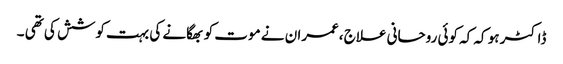
ڈاکٹر ہو کہ کہ کوئی روحانی علاج ،عمران نے موت کو بھگانے کی بہت کوشش کی تھی ۔